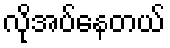
လိုအပ်နေတယ်